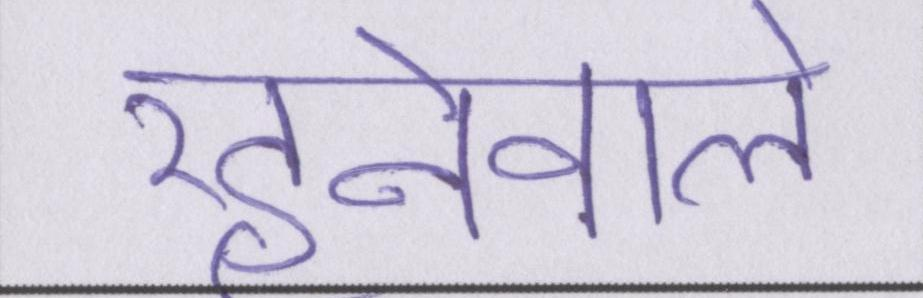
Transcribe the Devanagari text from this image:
रहनेवाले